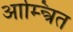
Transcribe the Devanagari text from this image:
आम्न्त्रित